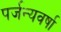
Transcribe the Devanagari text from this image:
पर्जन्यवर्षा